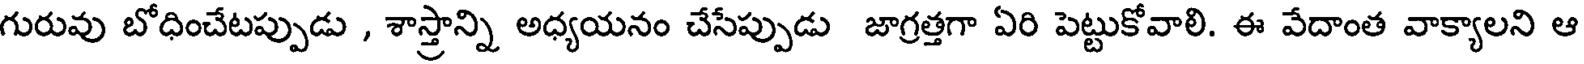
గురువు బోధించేటప్పుడు , శాస్త్రాన్ని అధ్యయనం చేసేప్పుడు జాగ్రత్తగా ఏరి పెట్టుకోవాలి. ఈ వేదాంత వాక్యాలని ఆ